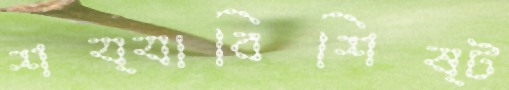
শয্যাবিশিষ্ট